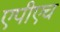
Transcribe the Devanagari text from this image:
एपीएच